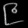
Digit: ၉